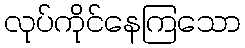
လုပ်ကိုင်နေကြသော